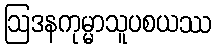
ဩဒနကုမ္မာသူပစယဿ